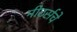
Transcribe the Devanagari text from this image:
मीटर्सचे